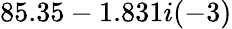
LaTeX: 85.35-1.831i(-3)